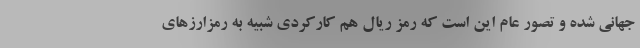
جهانی شده و تصور عام این است که رمز ریال هم کارکردی شبیه به رمزارزهای